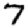
Digit: 7